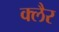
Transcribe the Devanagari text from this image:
क्लैर